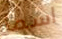
اسما